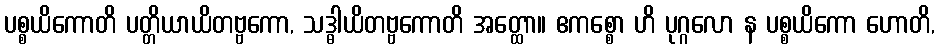
ပစ္စယိကောတိ ပတ္တိယာယိတဗ္ဗကော, သဒ္ဓါယိတဗ္ဗကောတိ အတ္ထော။ ဧကစ္စော ဟိ ပုဂ္ဂလော န ပစ္စယိကော ဟောတိ,